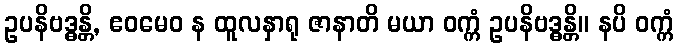
ဥပနိဗဒ္ဓန္တိ, ဧဝမေဝ န ထူလနှာရု ဇာနာတိ မယာ ဝက္ကံ ဥပနိဗဒ္ဓန္တိ။ နပိ ဝက္ကံ